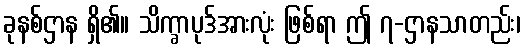
ခုနစ်ဌာန ရှိ၏။ သိက္ခာပုဒ်အားလုံး ဖြစ်ရာ ဤ ၇-ဌာနသာတည်း၊